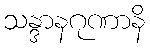
သန္ဒာနဂုဏာနိ